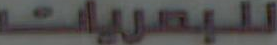
للبصريات